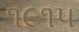
૧૯૧૫